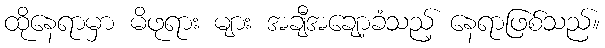
ထိုနေရာမှာ မိဖုရား များ အချီအချော့ခံသည့် နေရာဖြစ်သည်။